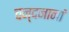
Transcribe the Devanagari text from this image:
चन्दनानां